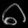
Digit: ၈